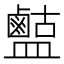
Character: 𪉶